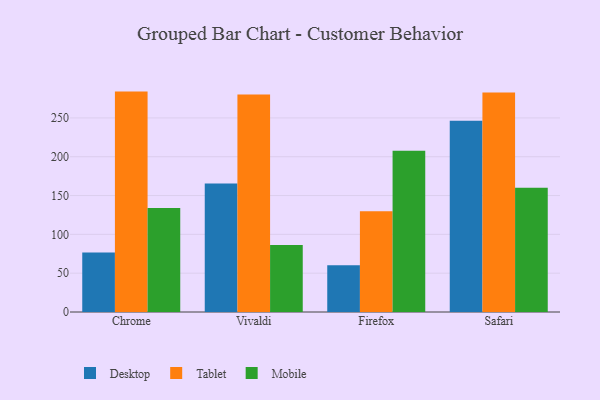
{"axis": {"x": "Browser", "y": "Energy Usage (MWh)"}, "legend": ["Desktop", "Mobile", "Tablet"], "data": [{"x": "Chrome", "y": 76.7, "type": "Desktop"}, {"x": "Chrome", "y": 283.9, "type": "Tablet"}, {"x": "Chrome", "y": 134.0, "type": "Mobile"}, {"x": "Vivaldi", "y": 165.5, "type": "Desktop"}, {"x": "Vivaldi", "y": 280.3, "type": "Tablet"}, {"x": "Vivaldi", "y": 86.2, "type": "Mobile"}, {"x": "Firefox", "y": 60.1, "type": "Desktop"}, {"x": "Firefox", "y": 129.9, "type": "Tablet"}, {"x": "Firefox", "y": 207.7, "type": "Mobile"}, {"x": "Safari", "y": 246.2, "type": "Desktop"}, {"x": "Safari", "y": 282.9, "type": "Tablet"}, {"x": "Safari", "y": 160.1, "type": "Mobile"}]}